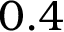
0 . 4